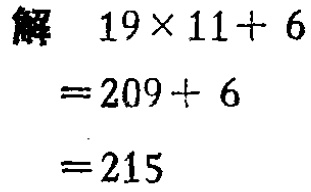
解

\[

\begin{align*}

&19\times11 + 6\\

=&209+ 6\\

=&215

\end{align*}

\]